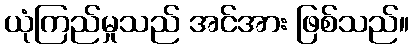
ယုံကြည်မှုသည် အင်အား ဖြစ်သည်။